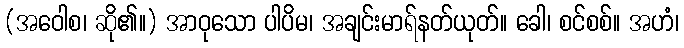
(အဝေါစ၊ ဆို၏။) အာဝုသော ပါပိမ၊ အချင်းမာရ်နတ်ယုတ်။ ခေါ၊ စင်စစ်။ အဟံ၊